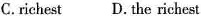
C.richest D.the richest